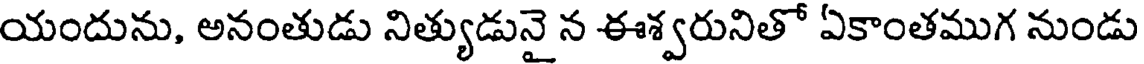
యందును, అనంతుడు నిత్యుడునై న ఈశ్వరునితో ఏకాంతముగ నుండు